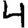
Digit: 4